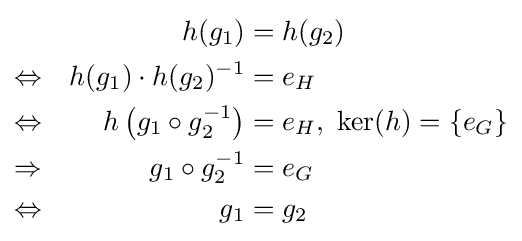
{\begin{aligned}&&h(g_{1})&=h(g_{2})\\\Leftrightarrow &&h(g_{1})\cdot h(g_{2})^{-1}&=e_{H}\\\Leftrightarrow &&h\left(g_{1}\circ g_{2}^{-1}\right)&=e_{H},\ \operatorname {ker} (h)=\{e_{G}\}\\\Rightarrow &&g_{1}\circ g_{2}^{-1}&=e_{G}\\\Leftrightarrow &&g_{1}&=g_{2}\end{aligned}}